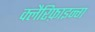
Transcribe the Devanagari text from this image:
क्लैरिफ़ाइन्ग